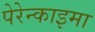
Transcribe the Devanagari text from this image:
पेरेन्काइमा